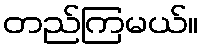
တည်ကြမယ်။